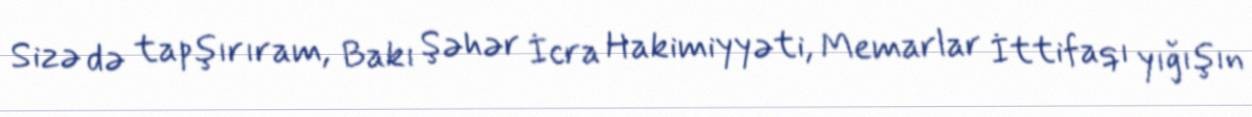
Sizə də tapşırıram, Bakı Şəhər İcra Hakimiyyəti, Memarlar İttifaqı yığışın